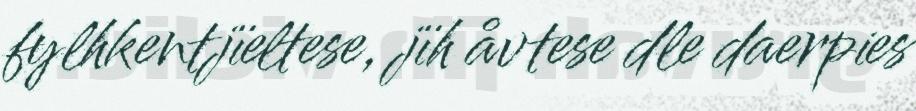
fylhkentjïeltese, jïh åvtese dle daerpies